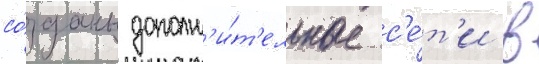
со́зданы дополн'и́т'ельные с'е́т'и в